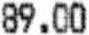
89.00